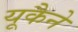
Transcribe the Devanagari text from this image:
यूकैने